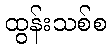
ထွန်းသစ်စ